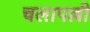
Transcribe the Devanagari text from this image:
चलापल्ली